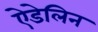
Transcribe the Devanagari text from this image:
ऐडेलिन